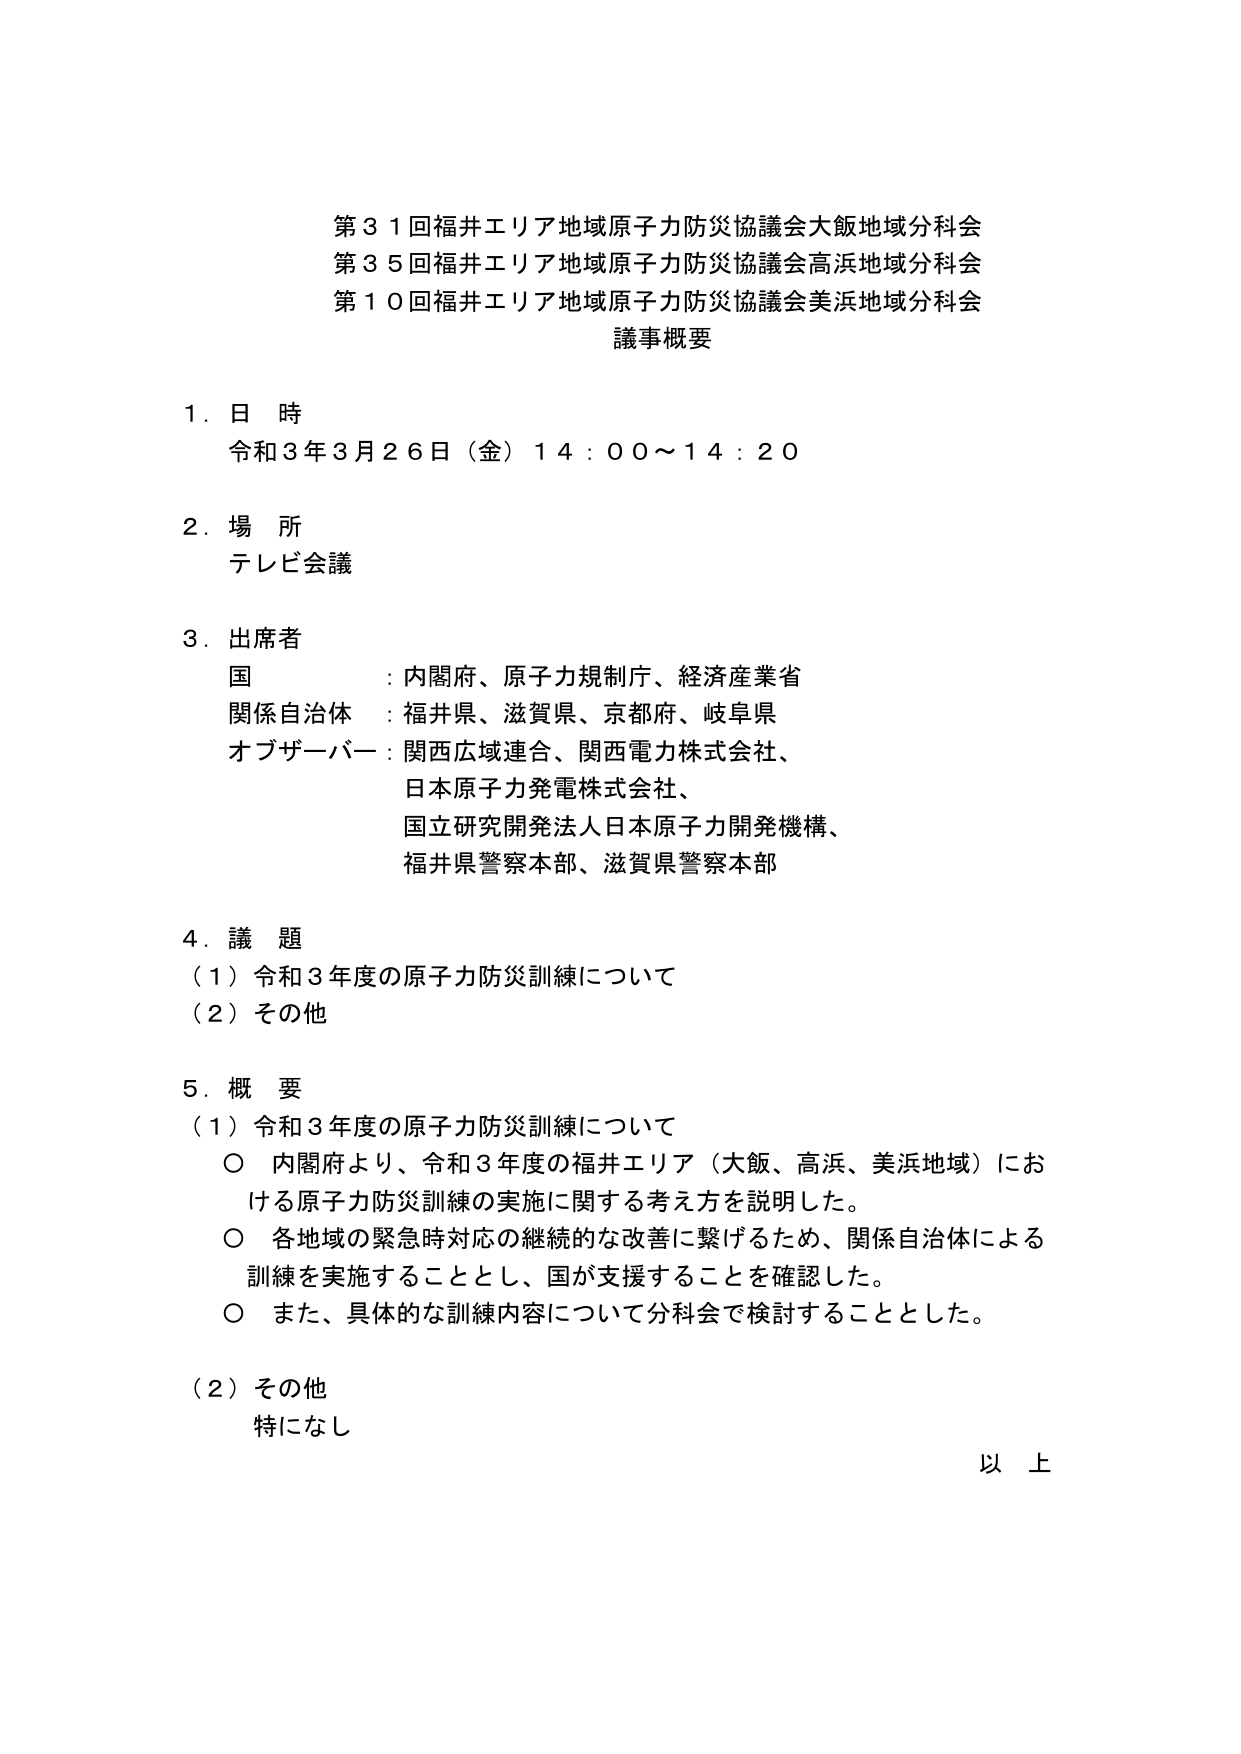
第３１回福井エリア地域原子力防災協議会大飯地域分科会
第３５回福井エリア地域原子力防災協議会高浜地域分科会
第１０回福井エリア地域原子力防災協議会美浜地域分科会
議事概要

１．日 時
　令和３年３月２６日（金）１４：００～１４：２０

２．場 所
　テレビ会議

３．出席者
　国　　　　　：内閣府、原子力規制庁、経済産業省
　関係自治体　：福井県、滋賀県、京都府、岐阜県
　オブザーバー：関西広域連合、関西電力株式会社、
　　　　　　　　日本原子力発電株式会社、
　　　　　　　　国立研究開発法人日本原子力開発機構、
　　　　　　　　福井県警察本部、滋賀県警察本部

４．議 題
　（１）令和３年度の原子力防災訓練について
　（２）その他

５．概 要
　（１）令和３年度の原子力防災訓練について
　　○ 内閣府より、令和３年度の福井エリア（大飯、高浜、美浜地域）における原子力防災訓練の実施に関する考え方を説明した。
　　○ 各地域の緊急時対応の継続的な改善に繋げるため、関係自治体による訓練を実施することとし、国が支援することを確認した。
　　○ また、具体的な訓練内容について分科会で検討することとした。

　（２）その他
　　特になし

　以 上